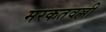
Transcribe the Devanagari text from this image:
मरकतवल्ली